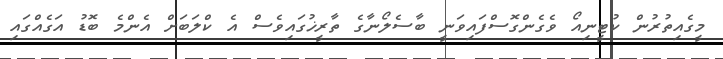
މީގެއިތުރުން ކުޓީނިއޯ ވެގެންގޮސްފައިވަނީ ބާސެލޯނާގެ ތާރީޚުގައިވެސް އެ ކްލަބަށް އެންމެ ބޮޑު އަގެއްގައި